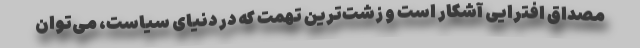
مصداق افترایی آشکار است و زشت‌ترین تهمت که در دنیای سیاست، می‌توان